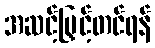
အဆင့်မြှင့်တင်ရန်